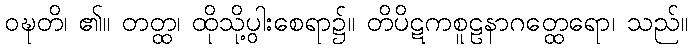
ဝဍ္ဎတိ၊ ၏။ တတ္ထ၊ ထိုသို့ပွါးစေရာ၌။ တိပိဋကစူဠနာဂတ္ထေရော၊ သည်။